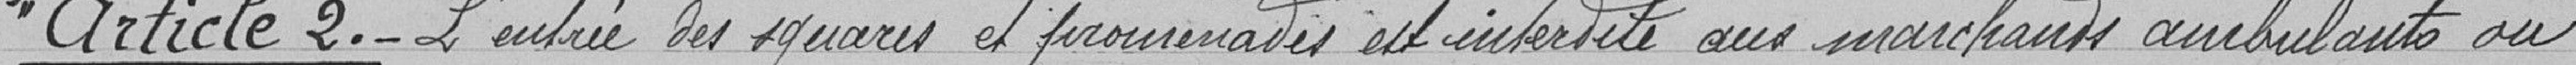
"Article 2.- L'entrée des squares et promenades est interdite aux marchands ambulants ou